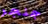
جنجر